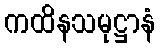
ကထိနသမုဋ္ဌာနံ